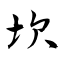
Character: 坎